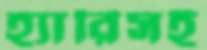
হ্যারিসই